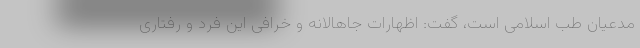
مدعیان طب اسلامی است، گفت: اظهارات جاهالانه و خرافی این فرد و رفتاری